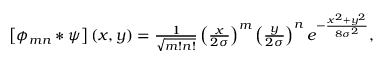
\begin{array} { r } { \left[ \phi _ { m n } * \psi \right] ( x , y ) = \frac { 1 } { \sqrt { m ! n ! } } \left( \frac { x } { 2 \sigma } \right) ^ { m } \left( \frac { y } { 2 \sigma } \right) ^ { n } e ^ { - \frac { x ^ { 2 } + y ^ { 2 } } { 8 \sigma ^ { 2 } } } , } \end{array}